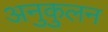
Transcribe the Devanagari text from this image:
अनुकुलन